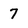
Character: 7